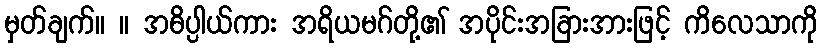
မှတ်ချက်။ ။ အဓိပ္ပါယ်ကား အရိယမဂ်တို့၏ အပိုင်းအခြားအားဖြင့် ကိလေသာကို